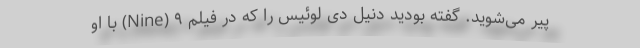
پیر می‌شوید. گفته بودید دنیل دی لوئیس را که در فیلم ۹ (Nine) با او